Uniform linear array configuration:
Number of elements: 16
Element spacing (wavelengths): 0.25
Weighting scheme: hamming
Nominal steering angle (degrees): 15
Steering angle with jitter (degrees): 14.118
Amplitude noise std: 0.05
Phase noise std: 0.05

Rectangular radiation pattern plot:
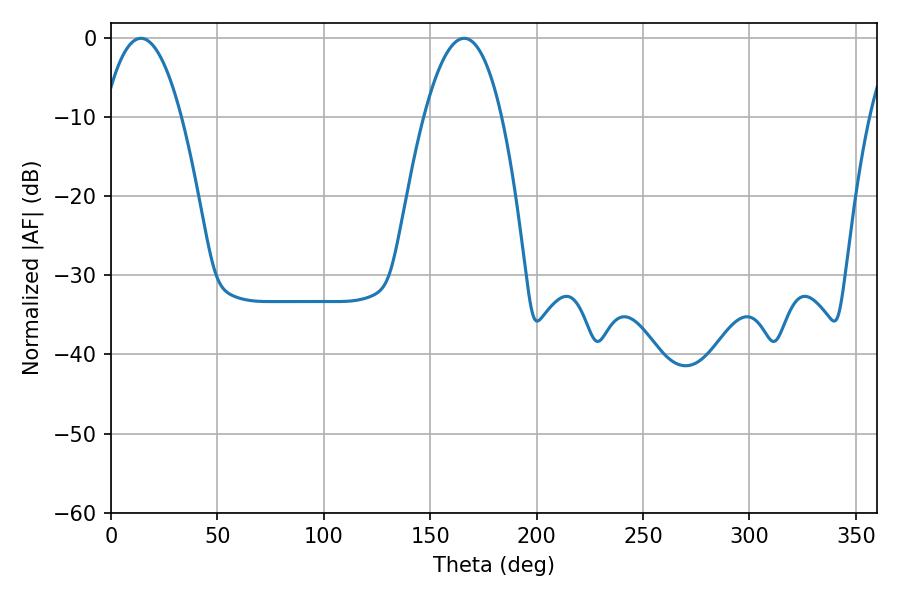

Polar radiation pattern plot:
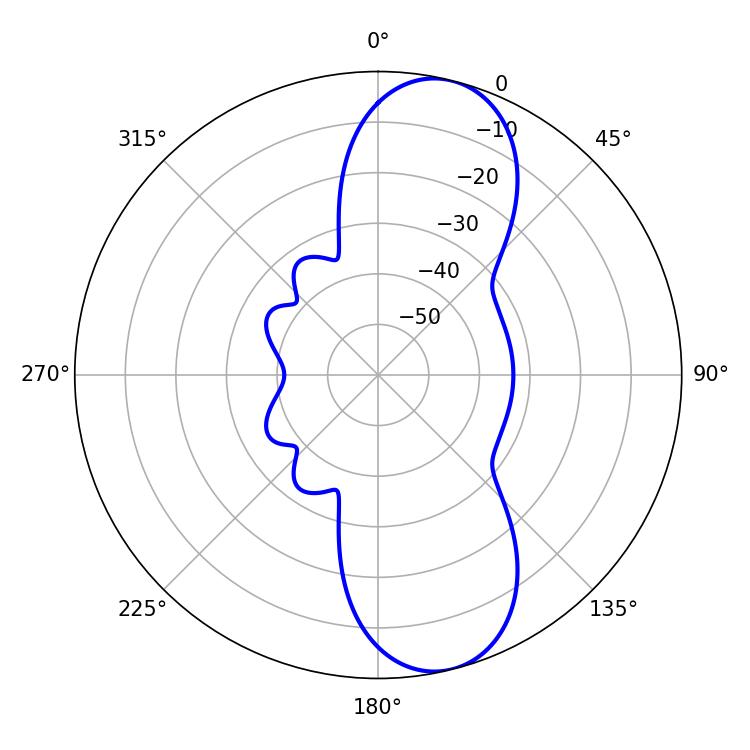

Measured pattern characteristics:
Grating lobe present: FALSE
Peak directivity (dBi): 10.292
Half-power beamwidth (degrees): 20.16
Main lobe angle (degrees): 165.96